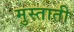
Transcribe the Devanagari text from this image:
मुस्ताती